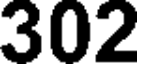
302